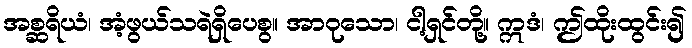
အစ္ဆရိယံ၊ အံ့ဖွယ်သရဲရှိပေစွ။ အာဝုသော၊ ငါ့ရှင်တို့။ ဣဒံ၊ ဤထိုးထွင်း၍